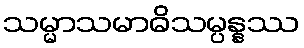
သမ္မာသမာဓိသမ္ပန္နဿ